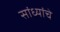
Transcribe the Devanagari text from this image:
सांध्यांचे